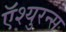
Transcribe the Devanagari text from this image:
ऍश्युरन्स